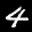
Label: 4